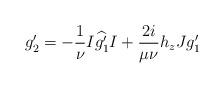
LaTeX: \begin{align*}g'_2=-\frac{1}{\nu}I\widehat{g_1'}I+\frac{2i}{\mu\nu}h_zJg_1'\end{align*}